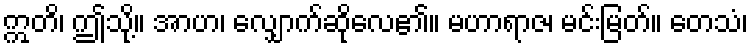
ဣတိ၊ ဤသို့။ အာဟ၊ လျှောက်ဆိုလေ၏။ မဟာရာဇ၊ မင်းမြတ်။ တေသံ၊